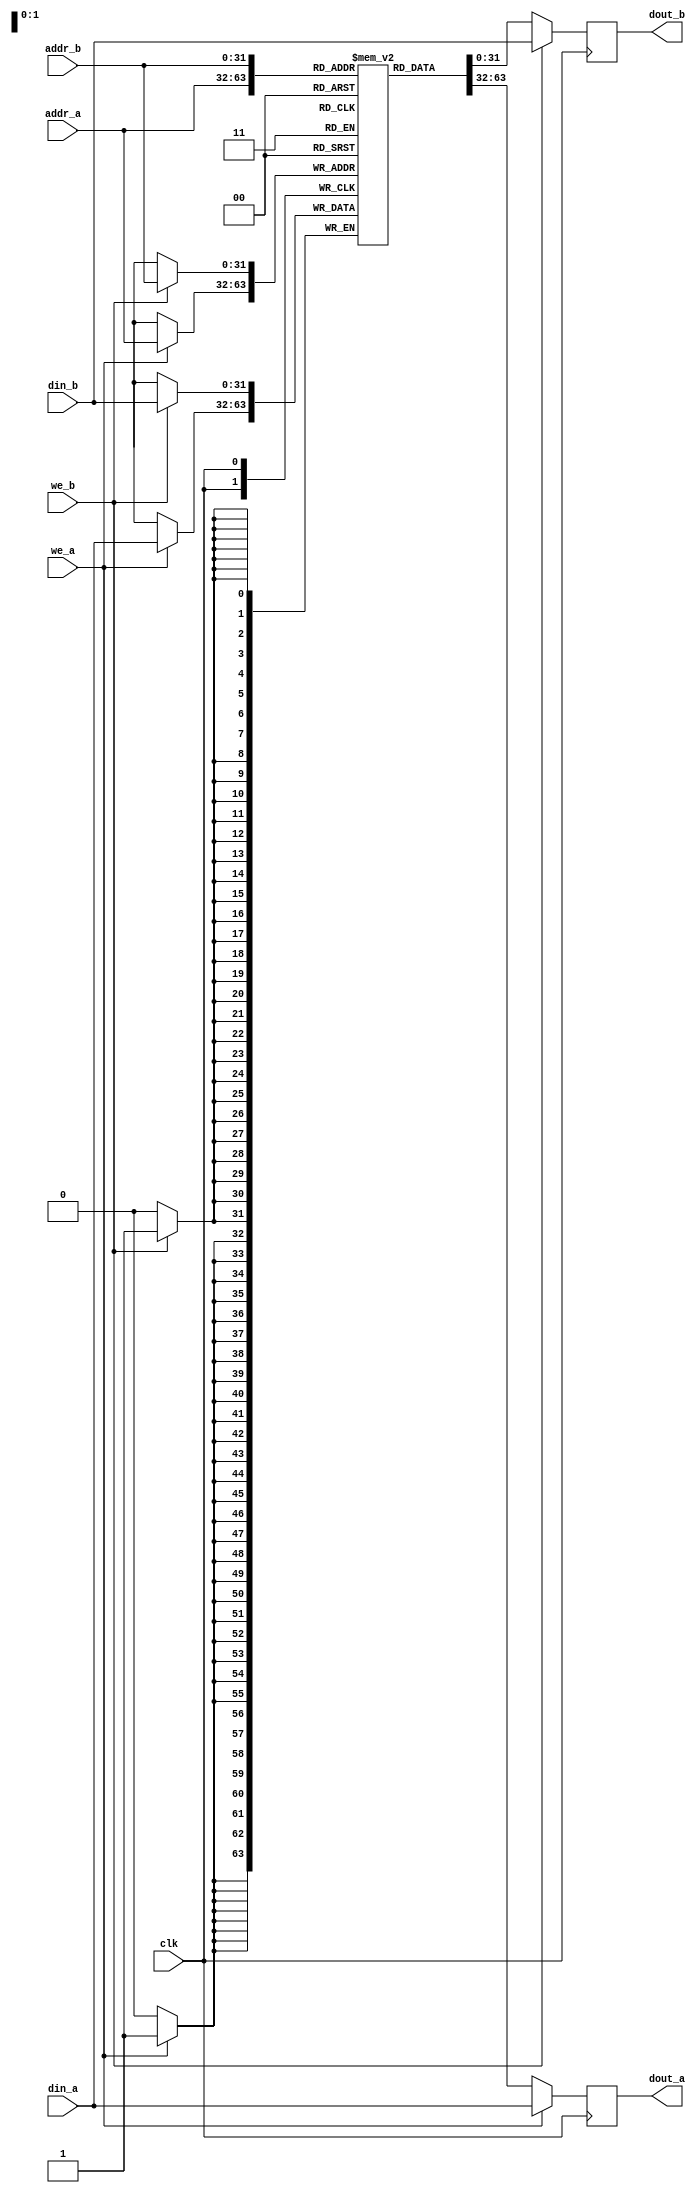
module mor1kx_true_dpram_sclk
  #(
    parameter ADDR_WIDTH = 32,
    parameter DATA_WIDTH = 32
    )
   (
    input 		    clk,
    input [ADDR_WIDTH-1:0]  addr_a,
    input 		    we_a,
    input [DATA_WIDTH-1:0]  din_a,
    output [DATA_WIDTH-1:0] dout_a,
    input [ADDR_WIDTH-1:0]  addr_b,
    input 		    we_b,
    input [DATA_WIDTH-1:0]  din_b,
    output [DATA_WIDTH-1:0] dout_b
    );

   reg [DATA_WIDTH-1:0]     mem[(1<<ADDR_WIDTH)-1:0];

   reg [DATA_WIDTH-1:0]     rdata_a;
   reg [DATA_WIDTH-1:0]     rdata_b;

   assign dout_a = rdata_a;
   assign dout_b = rdata_b;

   always @(posedge clk) begin
      if (we_a) begin
	 mem[addr_a] <= din_a;
	 rdata_a <= din_a;
      end else begin
	 rdata_a <= mem[addr_a];
      end
   end

   always @(posedge clk) begin
      if (we_b) begin
	 mem[addr_b] <= din_b;
	 rdata_b <= din_b;
      end else begin
	 rdata_b <= mem[addr_b];
      end
   end

endmodule